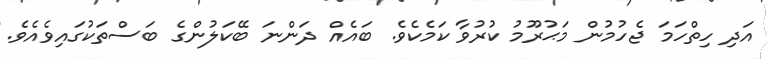
އަދި ހިތްހަމަ ޖެހުމުން މަޙުރޫމު ކުރުވާ ކަމެކެވެ. ބައެއް ދަންނަ ބޭކަލުންގެ ބަސްތަކުގައިވެއެވެ.